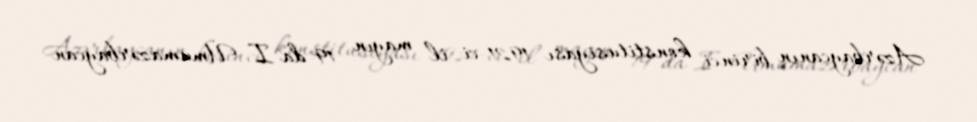
Azərbaycanın birinci konstitusiyası 1921-ci il mayın 19-da I Ümumazərbaycan